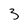
Character: 3